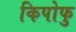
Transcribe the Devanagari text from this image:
किपोफु